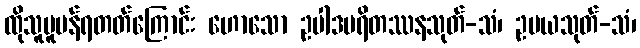
ထိုသူပူပန်ရတတ်ကြောင်း ဟောသော ဥပါဒပရိတဿနသုတ်-သံ၊ ဥပယသုတ်-သံ၊